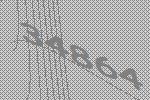
34864